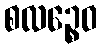
စလဉ္စေဝ